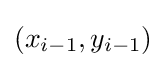
(x_{i-1},y_{i-1})